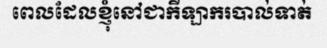
ពេលដែលខ្ញុំនៅជាកីឡាករបាល់ទាត់